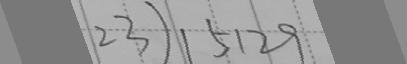
2 3 ) 1 5 1 2 9